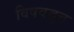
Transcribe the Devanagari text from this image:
विषवद्वृत्त